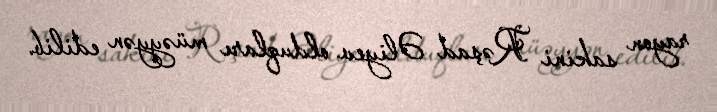
rayon sakini Rəşad Əliyev olduqları müəyyən edilib.